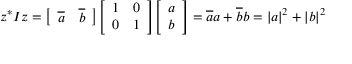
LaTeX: z ^ { * } I z = { \left[ \begin{array} { l l } { { \overline { { a } } } } & { { \overline { { b } } } } \end{array} \right] } { \left[ \begin{array} { l l } { 1 } & { 0 } \\ { 0 } & { 1 } \end{array} \right] } { \left[ \begin{array} { l } { a } \\ { b } \end{array} \right] } = { \overline { { a } } } a + { \overline { { b } } } b = | a | ^ { 2 } + | b | ^ { 2 }